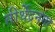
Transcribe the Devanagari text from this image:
तीर्थेद्रनगर